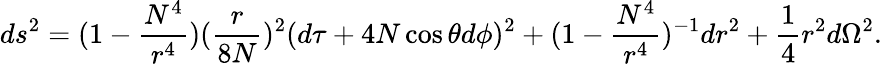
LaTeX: ds^{2}=(1-\frac{N^{4}}{r^{4}})(\frac{r}{8N})^{2}(d\tau+4N\cos\theta d\phi)^{2}+(1-\frac{N^{4}}{r^{4}})^{-1}dr^{2}+\frac{1}{4}r^{2}d\Omega^{2}.